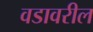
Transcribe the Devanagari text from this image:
वडावरील